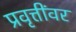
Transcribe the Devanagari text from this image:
प्रवृत्तींवर